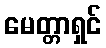
မေတ္တာရှင်